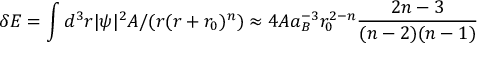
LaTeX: \delta E = \int d ^ { 3 } r | \psi | ^ { 2 } A / ( r ( r + r _ { 0 } ) ^ { n } ) \approx 4 A a _ { B } ^ { - 3 } r _ { 0 } ^ { 2 - n } \frac { 2 n - 3 } { ( n - 2 ) ( n - 1 ) }